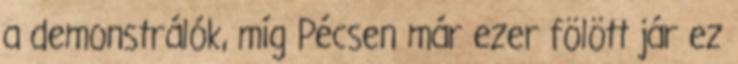
a demonstrálók, míg Pécsen már ezer fölött jár ez